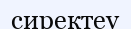
сиректеу